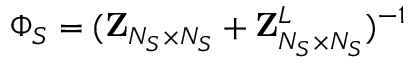
\Phi _ { S } = ( { \bf { Z } } _ { N _ { S } \times N _ { S } } + { \bf { Z } } _ { N _ { S } \times N _ { S } } ^ { L } ) ^ { - 1 }